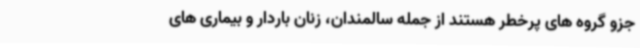
جزو گروه های پرخطر هستند از جمله سالمندان، زنان باردار و بیماری های